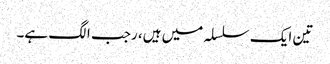
تین ایک سلسلہ میں ہیں، رجب الگ ہے۔